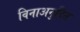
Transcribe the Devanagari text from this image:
विनाअनुदित